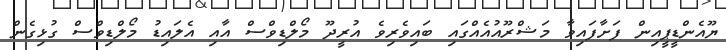
ޔޫއެންޑީޕީއިން ފަށާފައިވާ މަޝްރޫއުއެއްގައި ބައިވެރިވެ އުރީދޫ މޯލްޑިވްސް އާއި އެލައިޑު މޯލްޑިވްސް ގުޅިގެން